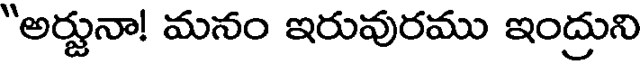
"అర్జునా! మనం ఇరువురము ఇంద్రుని